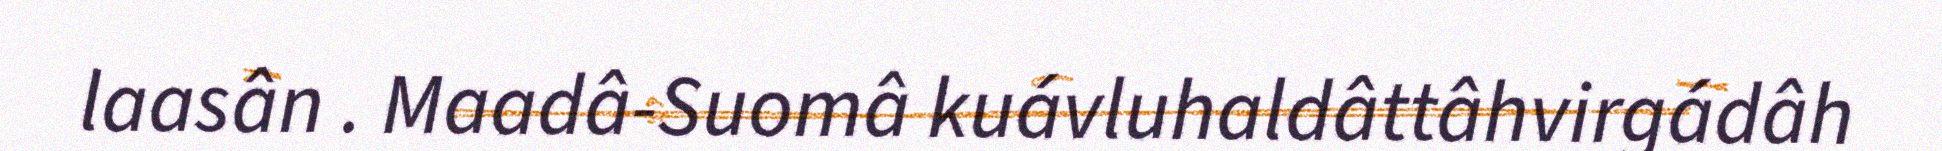
laasân . Maadâ-Suomâ kuávluhaldâttâhvirgádâh